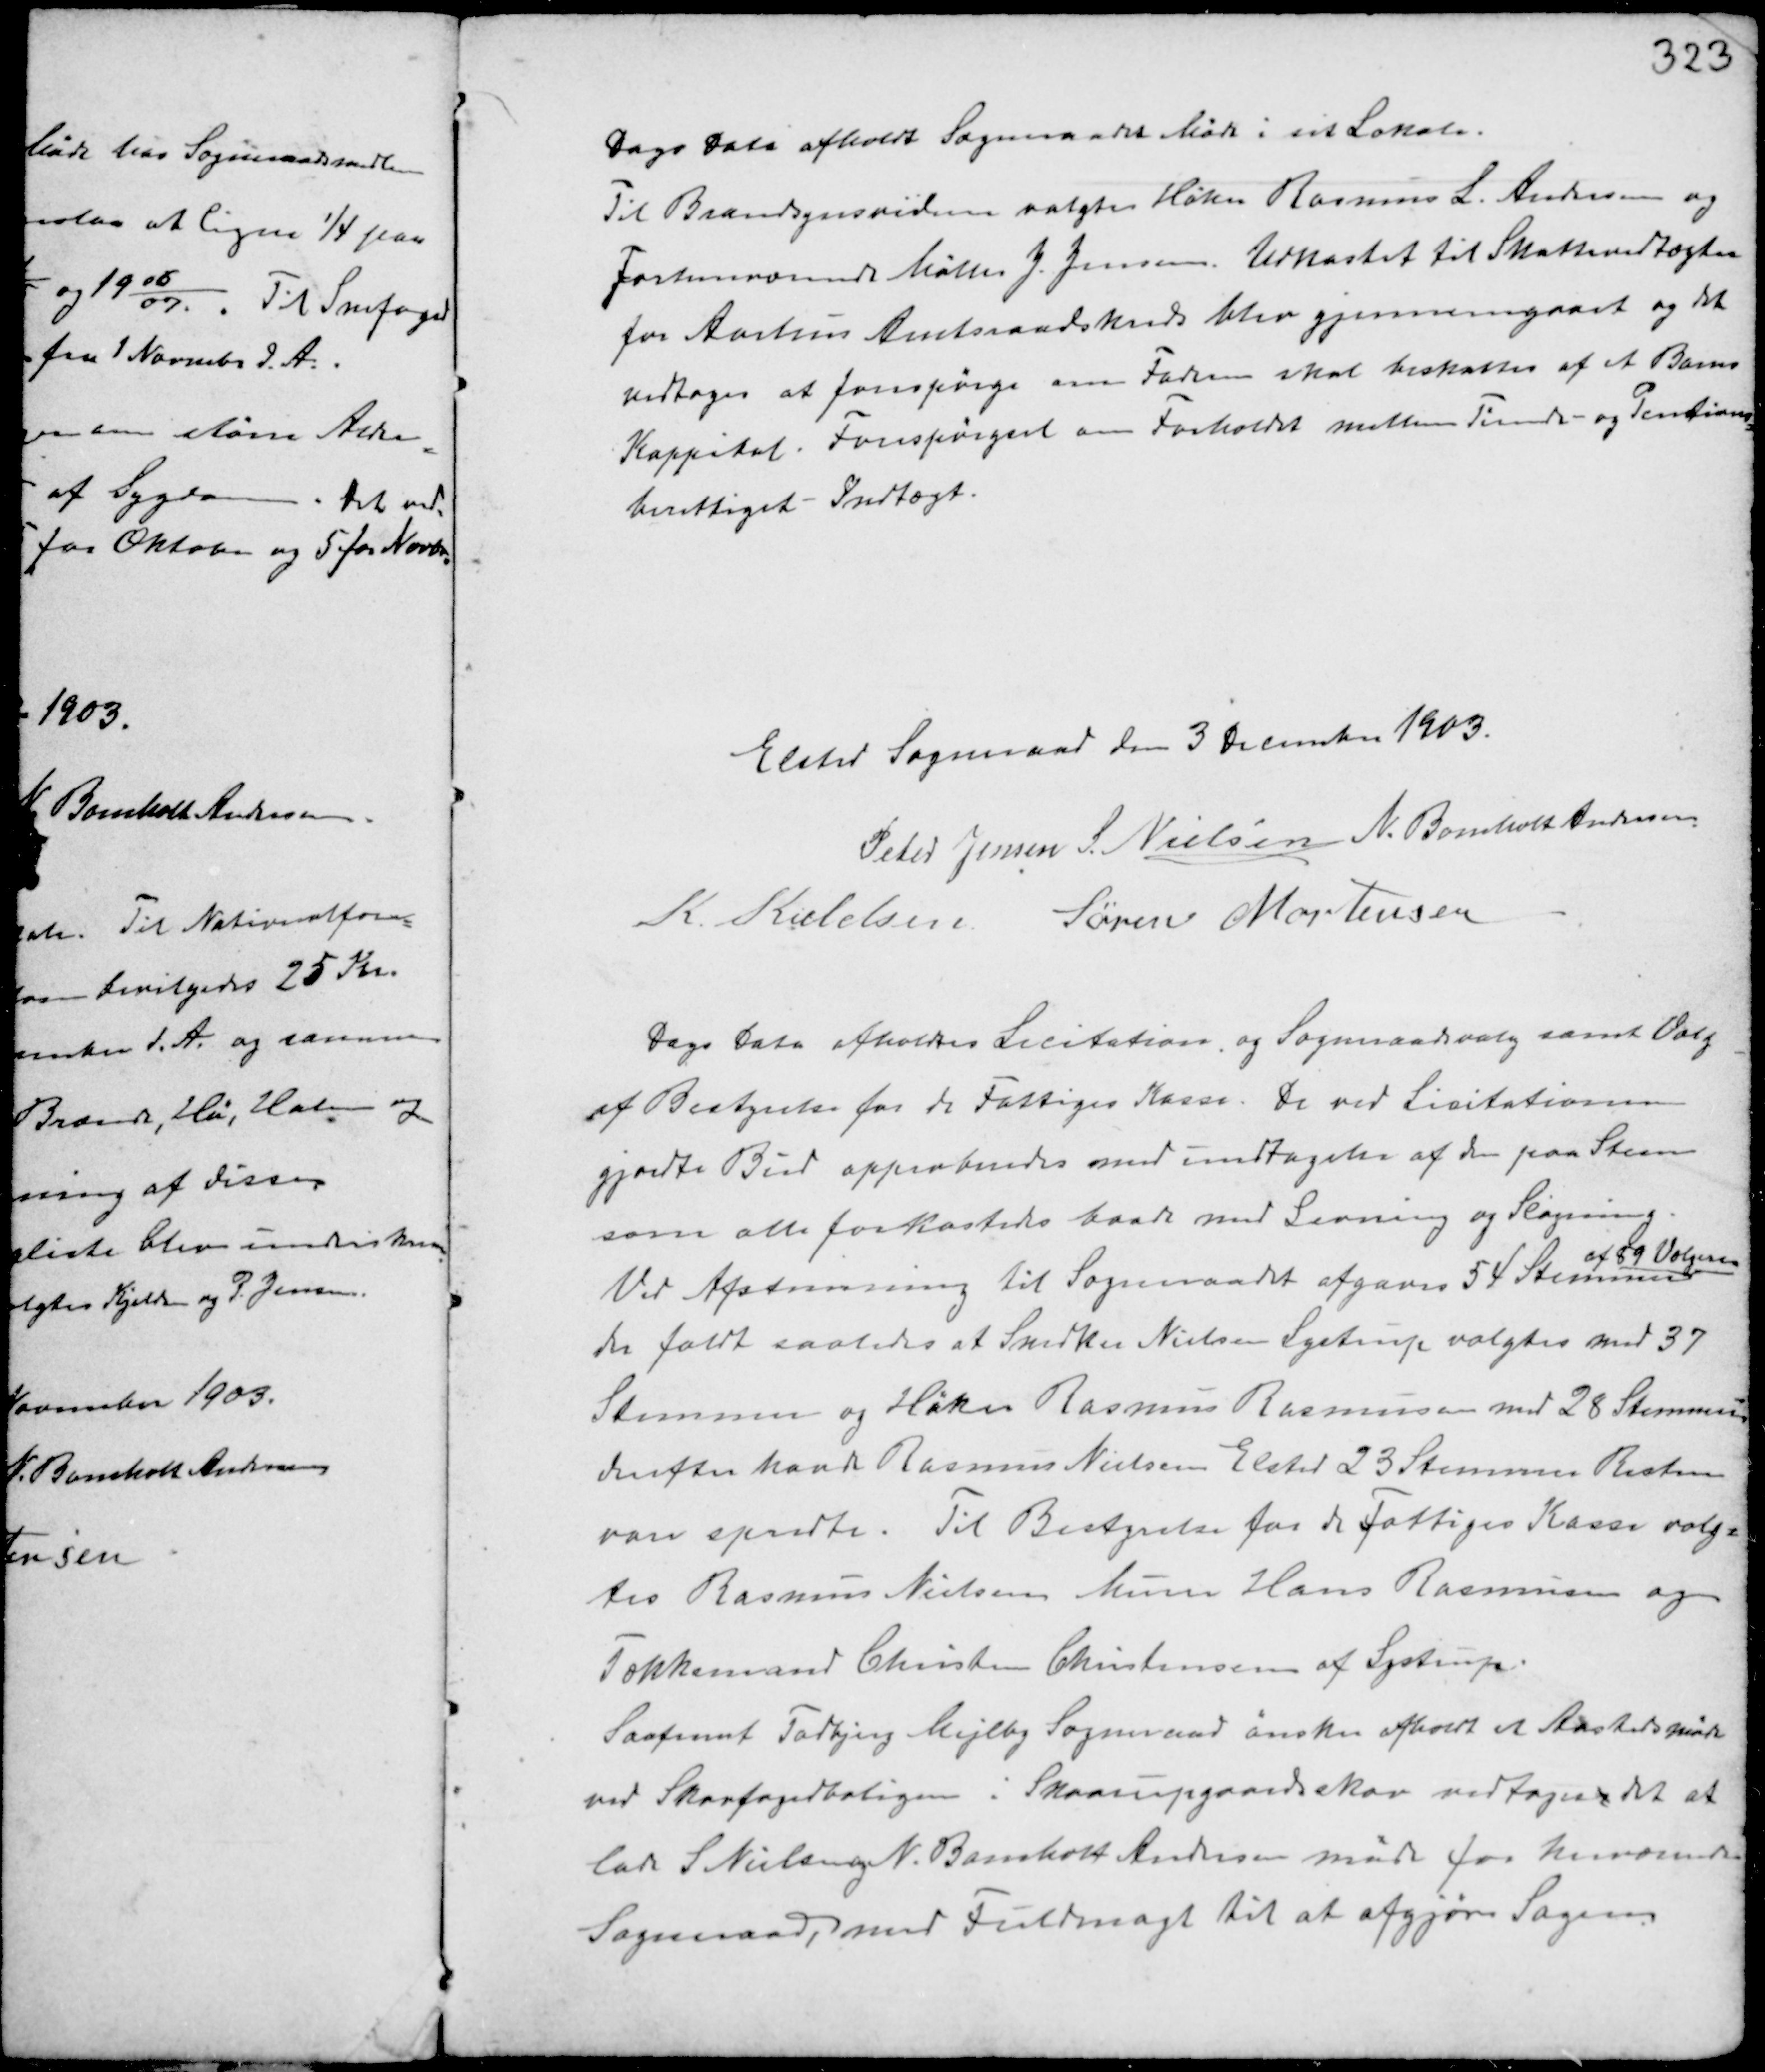
Transskription:
Dags Dato afholdt Sogneraadet Møde i sit Lokale.
Til Brandsynsvidne valgtes Høker Rasmus L. Andersen og
Forhenværende Møller J. Jensen. Udkastet til Skattevedtægten
for Aarhus Amtsraadskreds blev gjennemgaaet og det
vedtoges at forespørge om Faderen skal beskattes af et Barns
Kappital. Forespørgsel om Forholdet mellem Tiende- og Pensions
berettiget Indtægt.

Elsted Sogneraad den 3 December 1903.
Peter Jensen S. Nielsen N. Bomholt Andersen
K. Kieldsen Søren Mortensen

Dags Dato afholdtes Licitation og Sogneraadsvalg samt Valg
af Bestyrelse for de Fattiges Kasse. De ved Licitationen
gjordte Bud approberedes med undtagelse af den paa Steen
som alle forkastede baade med Levning og Slagning.
Ved Afstemning til Sogneraadet afgaves 54 Stemmer
af 59 Vælgere
De faldt saaledes at Snedker Nielsen Lystrup valgtes med 37
Stemmer og Høker Rasmus Rasmussen med 28 Stemmer
derefter havde Rasmus Nielsen Elsted 23 Stemmer Resten
var spredte. Til Bestyrelsen for de Fattiges Kasse valg-
tes Rasmus Nielsen Murer Hans Rasmussen og
Tækkemand Christian Christensen af Lystrup.
Saafremt Todbjerg Mejlby Sogneraad ønsker afholdt et Aastedmøde
ved Skovfogedboligen i Skaarupgaardsskov vedtogesr det at
lade S Nielsen og N. Bomholt Andersen møde for herværende
Sogneraad, med Fuldmagt til at afgøre Sagen.